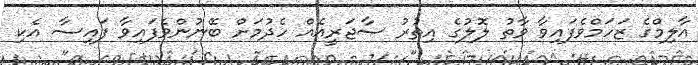
އާލިމްގެ ޒަހަމްވެފައިވާ ވާތު ލޮލުގެ އިތުރު ސާޖަރީއެއް ހެދުމަށް ބޭނުންވެފައިވާ ފައިސާ އެކި